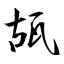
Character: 瓳